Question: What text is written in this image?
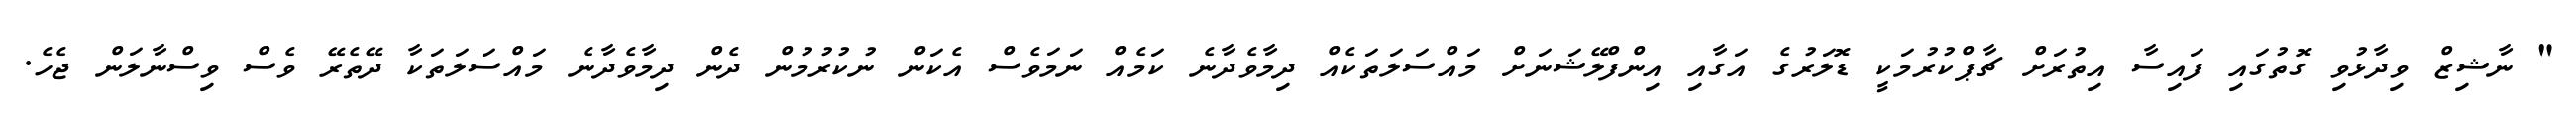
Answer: " ނާޝިޒް ވިދާޅުވި ގޮތުގައި ފައިސާ އިތުރަށް ޗާޕްކުރުމަކީ ޑޮލަރުގެ އަގާއި އިންފްލޭޝަނަށް މައްސަލަތަކެއް ދިމާވެދާނެ ކަމެއް ނަމަވެސް އެކަން ނުކުރުމުން ދެން ދިމާވެދާނެ މައްސަލަތަކާ ދޭތެރޭ ވެސް ވިސްނާލަން ޖެހެ.